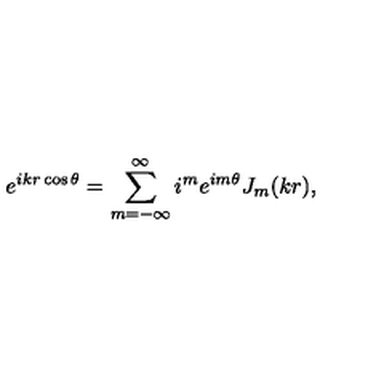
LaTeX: e ^ { i k r \cos { \theta } } = \displaystyle \sum _ { m = - \infty } ^ { \infty } i ^ { m } e ^ { i m \theta } J _ { m } ( k r ) ,